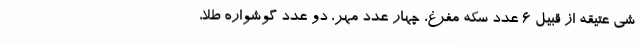
شی عتیقه از قبیل 6 عدد سکه مفرغ، چهار عدد مهر، دو عدد گوشواره طلا،